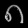
Digit: ၈